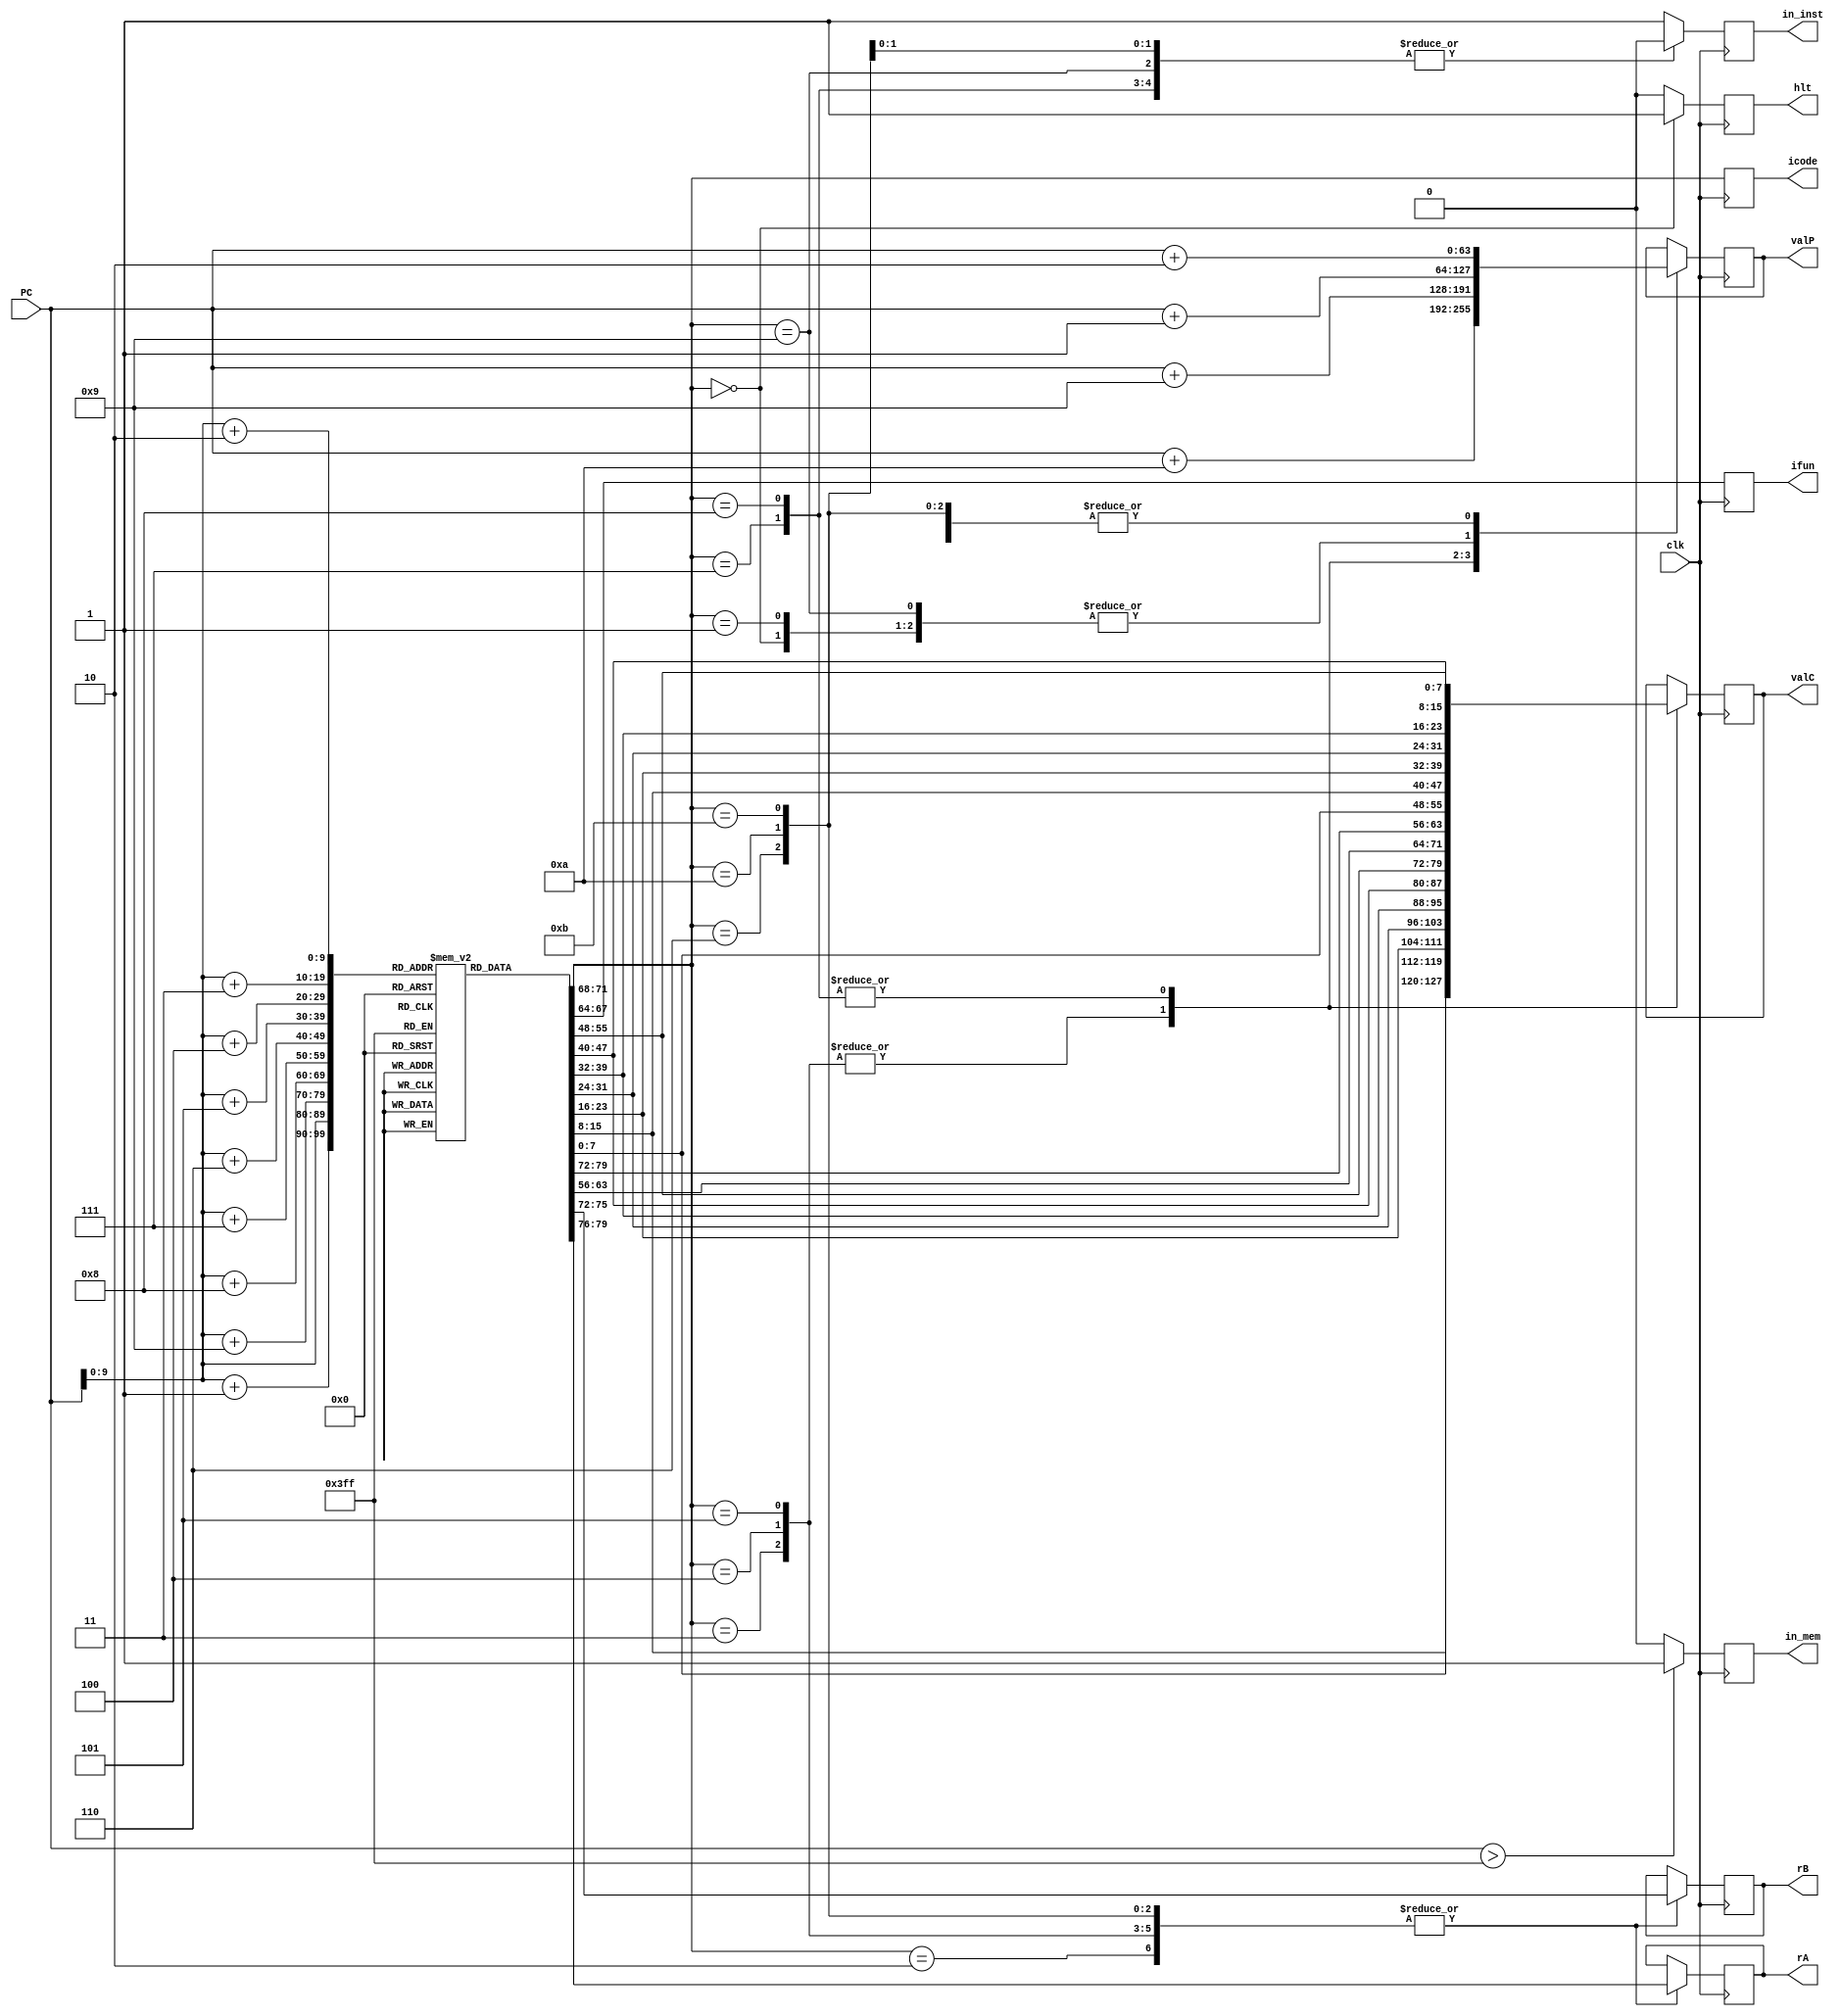
`timescale 1ns/10ps

module fetch(clk,PC,icode,ifun,rA,rB,valC,valP,in_mem,in_inst,hlt);

//[63:0] after regA makes it an array but putting it before means its a ner
input clk;
input [63:0] PC; //memory address is 64 bits
output reg [3:0]icode; //first 4 bits of the first byte
output reg [3:0]ifun; //last 4 bits of the first byte
output reg [3:0]rA; //first 4 bits of the second byte
output reg [3:0]rB; //last 4 bits of the second byte
output reg signed [63:0]valC; //stores the constant word
output reg [63:0]valP; //stores the address of next instruction (PC should be this value)
output reg in_mem; //invalid memory
output reg in_inst; //invalid instruction
output reg hlt; //inavlid halt

//setting up instruction memory
reg [7:0] instr_mem[0:1023]; //this means we have a 100 rows of 1 byte instructions

reg [0:15]instr; //80 bits of an instruction (maximum size of instruction is 10 bytes)

initial 
begin
//for testing fetch_tb.v

//opq - add
instr_mem[0] = 8'b01100000;
instr_mem[1] = 8'b00010011;

//irmovq
instr_mem[2] = 8'b00110000;
instr_mem[3] = 8'b11110011;
instr_mem[4] = 8'b00000000; //constant - 8 bytes
instr_mem[5] = 8'b00000000;
instr_mem[6] = 8'b00000000;
instr_mem[7] = 8'b00000000;
instr_mem[8] = 8'b00000000;
instr_mem[9] = 8'b00000010;
instr_mem[10] = 8'b00000000;
instr_mem[11] = 8'b00000100;

//pushq
instr_mem[12] = 8'b10100000;
instr_mem[13] = 8'b00111111;

//nop
instr_mem[14] = 8'b00010000;

//opq
instr_mem[15]=8'b01100000;
instr_mem[16]=8'b00100010;

//jump-zf
instr_mem[17]=8'b01110011;
instr_mem[18]=8'b00000000; //constant - 8 bytes
instr_mem[19]=8'b00000000;
instr_mem[20]=8'b00000000;
instr_mem[21]=8'b00000000;
instr_mem[22]=8'b00000000;
instr_mem[23]=8'b00000000;
instr_mem[24]=8'b00000010;
instr_mem[25]=8'b00000000;

//cmov-zf
instr_mem[26]=8'b00100011;
instr_mem[27]=8'b00100010;

//cmov-
instr_mem[28]=8'b00100010;
instr_mem[29]=8'b00100010;

/*
//call
instr_mem[30]=8'b10000000;
instr_mem[31]=8'b00000000; //constant
instr_mem[32]=8'b00000000;
instr_mem[33]=8'b00000000;
instr_mem[34]=8'b00000000;
instr_mem[35]=8'b00000000;
instr_mem[36]=8'b00000000;
instr_mem[37]=8'b00000010;
instr_mem[38]=8'b00000010;
*/

//mrmov
instr_mem[30]=8'b01010000;
instr_mem[31]=8'b00010000;
instr_mem[32]=8'b00000000; //constant
instr_mem[33]=8'b00000000;
instr_mem[34]=8'b00000000;
instr_mem[35]=8'b00000000;
instr_mem[36]=8'b00000000;
instr_mem[37]=8'b00000000;
instr_mem[38]=8'b00000000;
instr_mem[39]=8'b00000010;

//halt
instr_mem[40]=8'b00000000;

//rmmov
instr_mem[41]=8'b01000000;
instr_mem[42]=8'b00010011;
instr_mem[43]=8'b00000000; //constant
instr_mem[44]=8'b00000000;
instr_mem[45]=8'b00000000;
instr_mem[46]=8'b00000000;
instr_mem[47]=8'b00000000;
instr_mem[48]=8'b00000000;
instr_mem[49]=8'b00000000;
instr_mem[50]=8'b00000100;

//popq
instr_mem[51]=8'b10110000;
instr_mem[52]=8'b00011111;

//call

//ret


end

always@(posedge clk)
begin
    in_mem = 1'b0; //invalid memory = 0
    in_inst = 1'b0;
    hlt = 1'b0;

    if(PC > 1023)
    begin
        //this is an invalid instruction
        in_mem = 1'b1;
    end

    //every instruction will be (PC + 10) max length
    instr = {instr_mem[PC],instr_mem[PC+1]};

    icode = instr[0:3];
    ifun = instr[4:7];

    case(icode)
    4'b0000: 
    begin
        hlt = 1'b1; //halt
        valP = PC + 64'd1; //next instruction is at PC + 1
    end

    4'b0001:
    begin
    valP = PC + 64'd1; //nop
    hlt = 1'b0;
    end

    4'b0010:
    begin
    //cmovxx or rrmovq
    rA = instr[8:11]; //first 4 bits of register byte
    rB = instr[12:15];
    valP = PC + 64'd2;
    hlt = 1'b0;
    end

    4'b0011:
    //irmov
    begin
    rA = instr[8:11]; //will be F because it is constant
    rB = instr[12:15];
    valC = {instr_mem[PC+2],instr_mem[PC+3],instr_mem[PC+4],instr_mem[PC+5],instr_mem[PC+6],instr_mem[PC+7],instr_mem[PC+8],instr_mem[PC+9]};
    valP = PC + 64'd10;
    hlt = 1'b0;
    end

    4'b0011:
    //irmov
    begin
    rA = instr[8:11];
    rB = instr[12:15];
    valC = {instr_mem[PC+2],instr_mem[PC+3],instr_mem[PC+4],instr_mem[PC+5],instr_mem[PC+6],instr_mem[PC+7],instr_mem[PC+8],instr_mem[PC+9]};
    valP = PC + 64'd10;
    hlt = 1'b0;
    end

    4'b0100:
    //rmmov
    begin
    rA = instr[8:11];
    rB = instr[12:15];
    valC = {instr_mem[PC+2],instr_mem[PC+3],instr_mem[PC+4],instr_mem[PC+5],instr_mem[PC+6],instr_mem[PC+7],instr_mem[PC+8],instr_mem[PC+9]};
    valP = PC + 64'd10;
    hlt = 1'b0;
    end

    4'b0101:
    //mrmov
    begin
    rA = instr[8:11];
    rB = instr[12:15];
    valC = {instr_mem[PC+2],instr_mem[PC+3],instr_mem[PC+4],instr_mem[PC+5],instr_mem[PC+6],instr_mem[PC+7],instr_mem[PC+8],instr_mem[PC+9]};
    valP = PC + 64'd10;
    hlt = 1'b0;
    end

    4'b0110:
    //op
    begin
    rA = instr[8:11];
    rB = instr[12:15];
    valP = PC + 64'd2;
    hlt = 1'b0;
    end

    4'b0111:
    //jXX
    begin
    valC = {instr_mem[PC+1],instr_mem[PC+2],instr_mem[PC+3],instr_mem[PC+4],instr_mem[PC+5],instr_mem[PC+6],instr_mem[PC+7],instr_mem[PC+8]};
    valP = PC + 64'd9;
    hlt = 1'b0;
    end

    4'b1000:
    //call
    begin
    valC = {instr_mem[PC+1],instr_mem[PC+2],instr_mem[PC+3],instr_mem[PC+4],instr_mem[PC+5],instr_mem[PC+6],instr_mem[PC+7],instr_mem[PC+8]};
    valP = PC + 64'd9;
    hlt = 1'b0;
    end

    4'b1001:
    begin
    //ret
    valP = PC + 64'd1;
    hlt = 1'b0;
    end

    4'b1001:
    begin
    //ret
    valP = PC + 64'd1;
    hlt = 1'b0;
    end

    4'b1010:
    begin
        //push
        rA = instr[8:11];
        rB = instr[12:15];
        valP = PC + 64'd2;
        hlt = 1'b0;
    end

    4'b1011:
    begin
        //push
        rA = instr[8:11];
        rB = instr[12:15];
        valP = PC + 64'd2;
        hlt = 1'b0;
    end

    default:
    begin
    in_inst = 1'b1;//the instruction is invalid
    hlt = 1'b0; 
    end
    endcase
end
endmodule